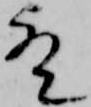
歟